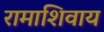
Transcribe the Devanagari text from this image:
रामाशिवाय